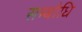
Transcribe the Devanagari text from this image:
सम्‍बोधि